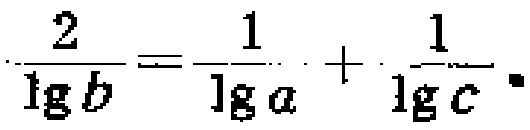
$\frac{2}{\lg b}=\frac{1}{\lg a}+\frac{1}{\lg c}$